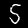
Label: 5